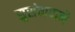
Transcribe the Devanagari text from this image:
सुसंवादाने